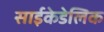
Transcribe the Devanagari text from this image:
साईकेडेलिक